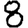
Digit: 8